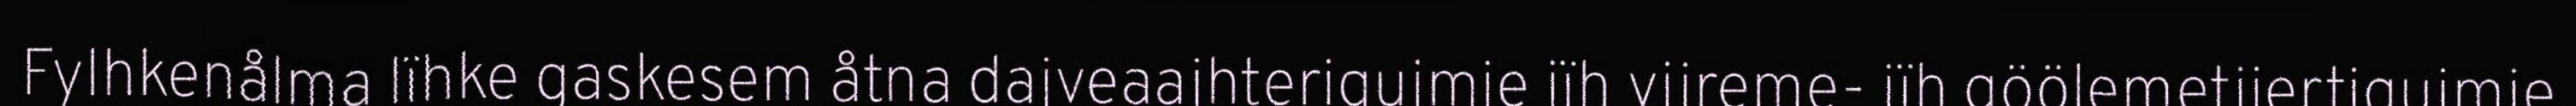
Fylhkenålma lïhke gaskesem åtna dajveaajhterigujmie jïh vijreme- jïh göölemetjiertigujmie,